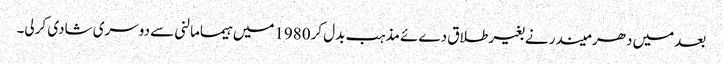
بعدمیں دھر میندر نے بغیرطلاق دےئے مذہب بدل کر1980میں ہیمامالنی سے دوسری شادی کرلی۔